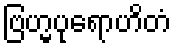
ဗြဟ္မပုရောဟိတံ